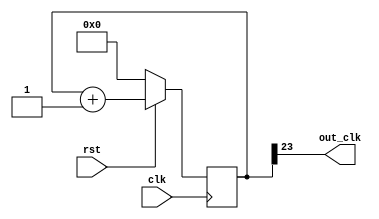
`timescale 1ns / 1ps
//////////////////////////////////////////////////////////////////////////////////
// Company: 
// Engineer: 
// 
// Design Name: 
// Module Name:    freqDivide 
// Project Name: 
// Target Devices: 
// Tool versions: 
// Description: 
//
// Dependencies: 
//
// Revision: 
// Revision 0.01 - File Created
// Additional Comments: 
//
//////////////////////////////////////////////////////////////////////////////////
module freqDivide #(parameter POW = 24, parameter SHIFT = 0) (
    input clk,
    input rst,
    output out_clk
    );
	 reg [POW - 1:0] counter;
	 
	 initial begin
  			counter <= #POW'd0 + SHIFT;
	 end

    always @(posedge clk)
       begin
      if (~rst) begin
  			counter <= #POW'd0 + SHIFT;
      end else begin
	      counter <= counter + 1;
      end
	 end
	
    assign out_clk = counter[POW-1];
    

endmodule